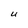
Character: U